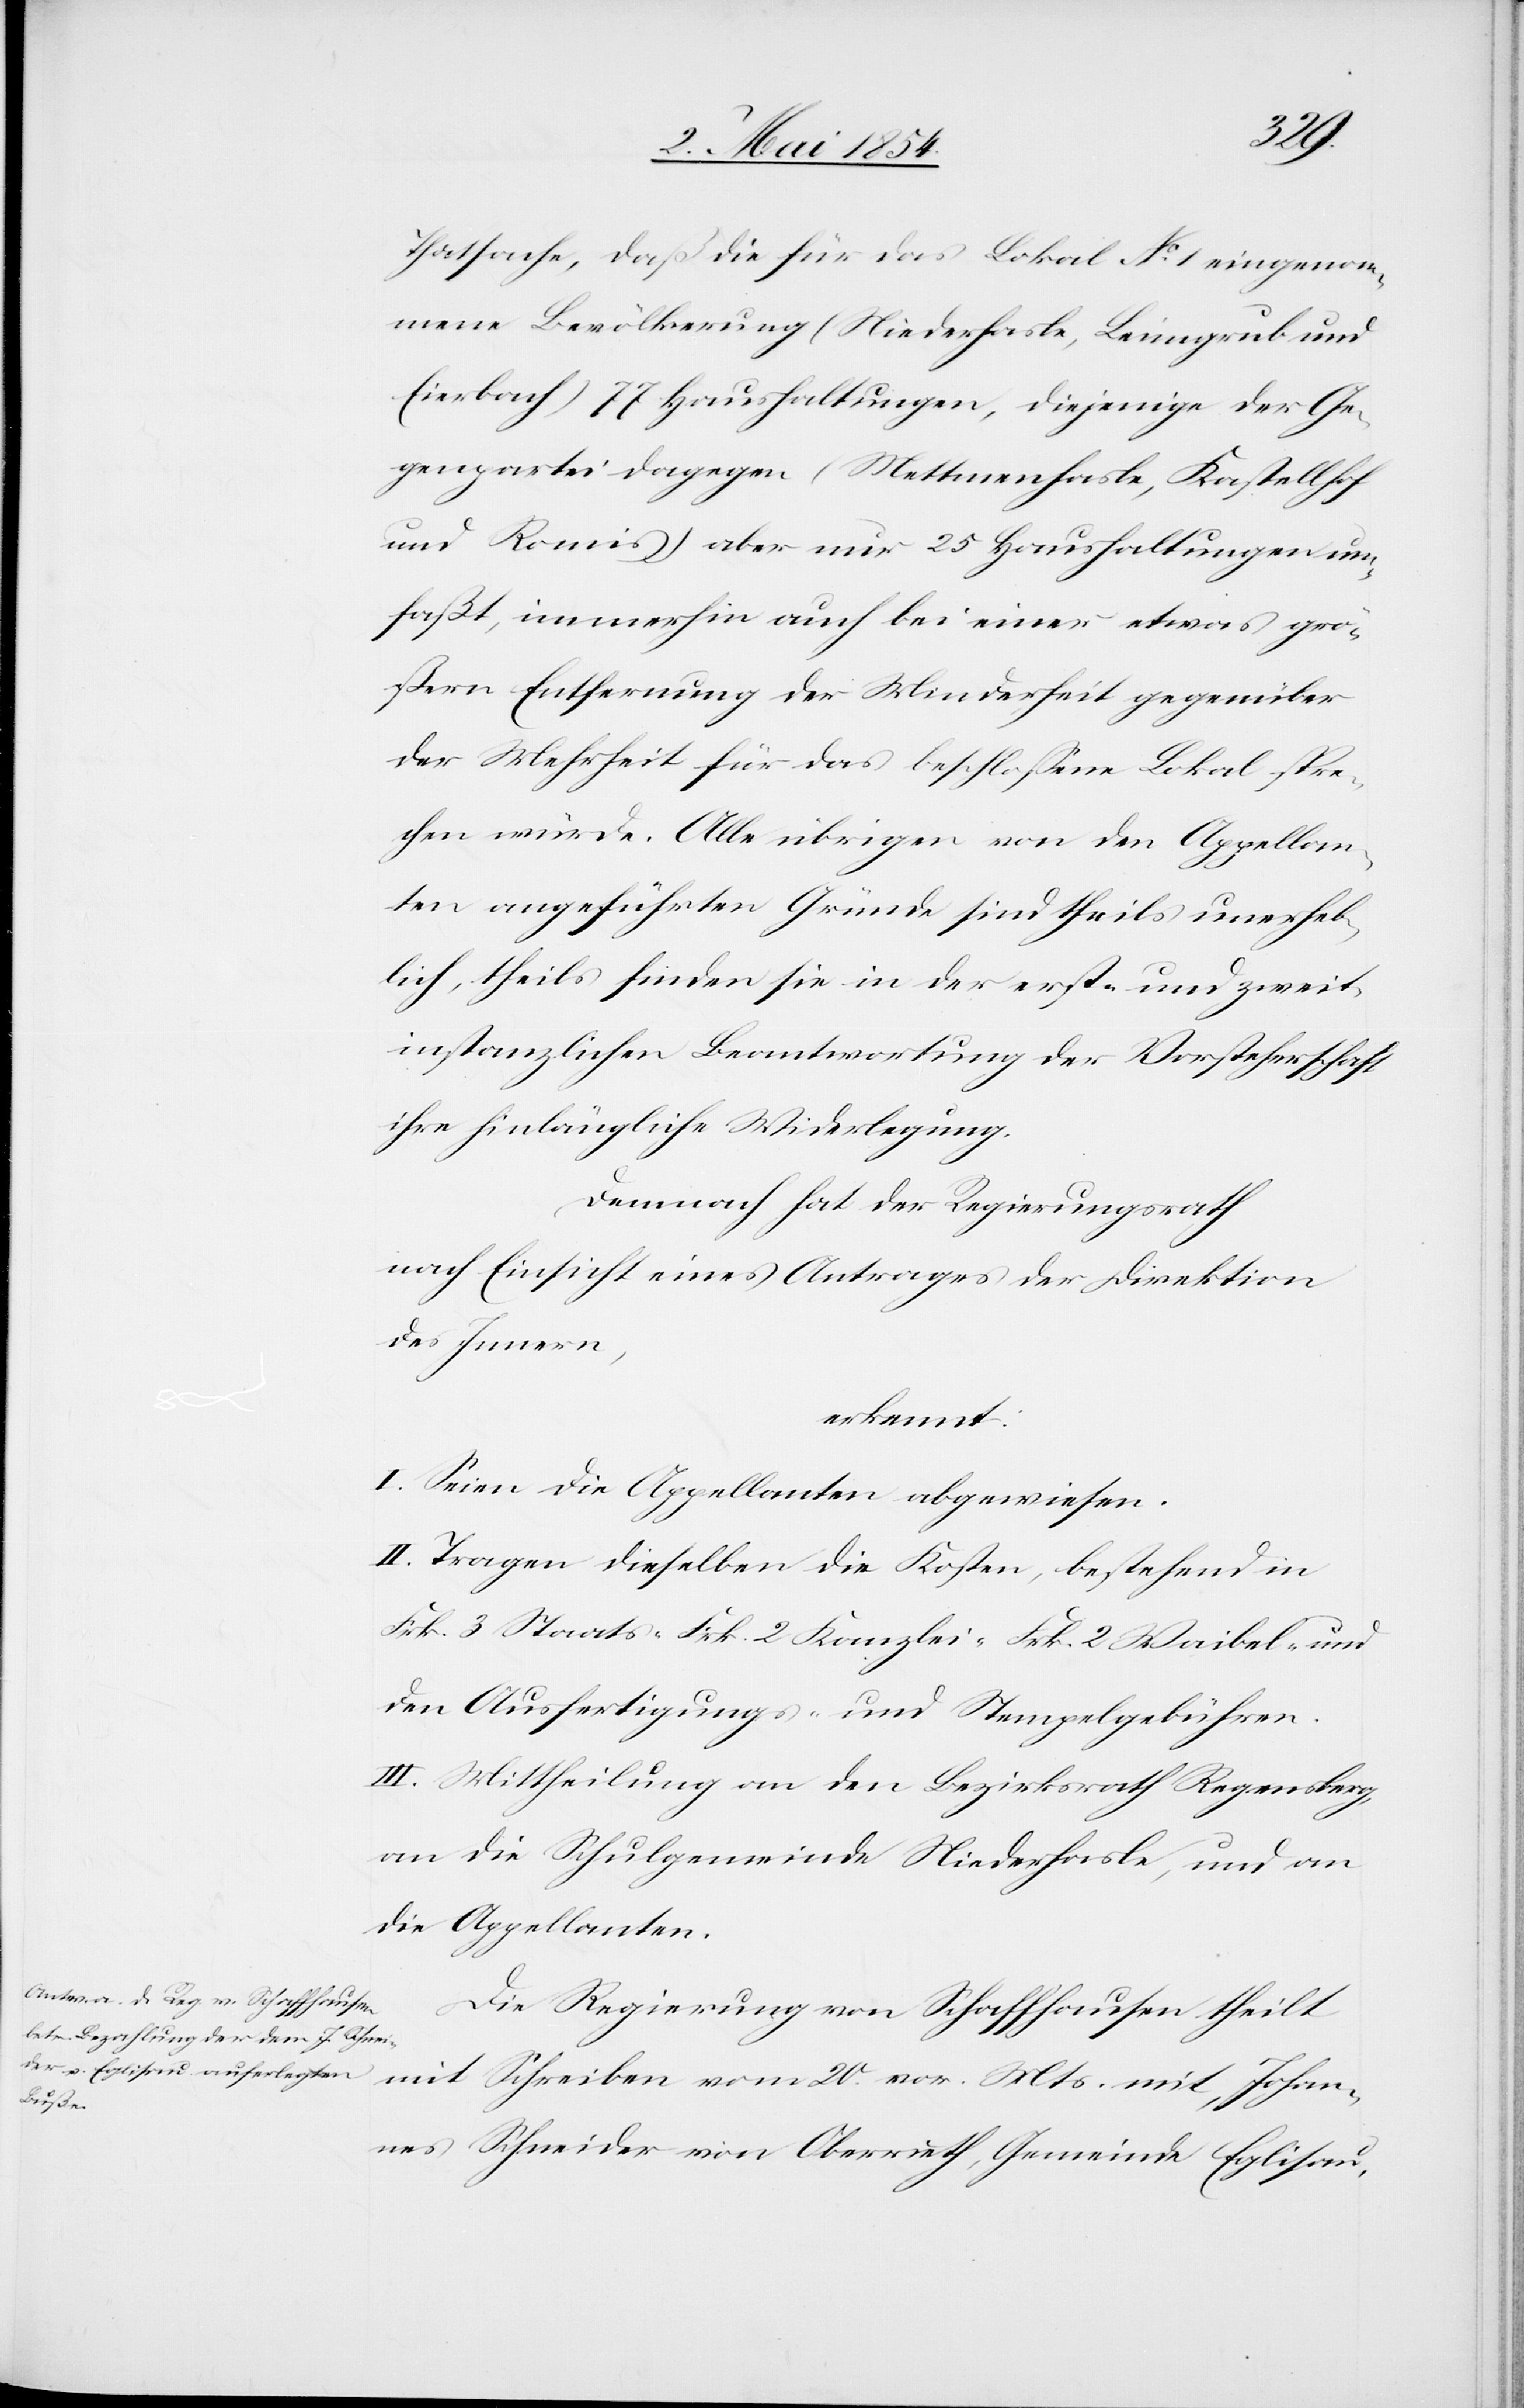
Thatsache, daß die für das Lokal No 1 eingenom¬
mene Bevölkerung (Niederhasle, Leimgrub und
Eierbach) 77 Haushaltungen, diejenige der Ge¬
genpartei dagegen (Mettmenhasle, Kastellhof
und Romis) aber nur 25 Haushaltungen um¬
faßt, immerhin auch bei einer etwas grö¬
ßern Entfernung der Minderheit gegenüber
der Mehrheit für das beschloßene Lokal spre¬
chen würde. Alle übrigen von den Appellan¬
ten angeführten Gründe sind theils unerheb¬
lich, theils finden sie in der erst- und zweit¬
instanzlichen Beantwortung der Vorsteherschaft
ihre hinlängliche Widerlegung.
Demnach hat der Regierungsrath
nach Einsicht eines Antrages der Direktion
des Innern,
erkennt:
I. Seien die Appellanten abgewiesen.
II. Tragen dieselben die Kosten, bestehend in
Frk. 3 Staats-[,] Frk. 2 Kanzlei-[,] Frk. 2 Waibel- und
den Ausfertigungs- und Stempelgebühren.
III. Mittheilung an den Bezirksrath Regensberg,
an die Schulgemeinde Niederhasle, und an
die Appellanten.
Die Regierung von Schaffhausen theilt
mit Schreiben vom 20. vor. Mts mit, Johan¬
nes Schneider von Oberrieth, Gemeinde Eglisau,